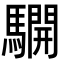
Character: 𩦓